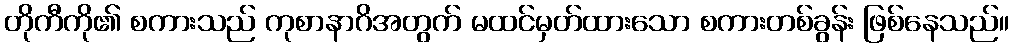
တိုကီကို၏ စကားသည် ကုစာနာဂိအတွက် မထင်မှတ်ထားသော စကားတစ်ခွန်း ဖြစ်နေသည်။